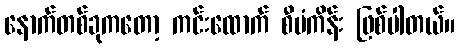
နောက်တစ်ခုကတော့ ကင်းထောက် စီမံကိန်း ဖြစ်ပါတယ်။